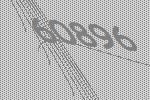
60896